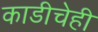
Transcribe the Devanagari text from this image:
काडीचेही